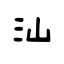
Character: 汕